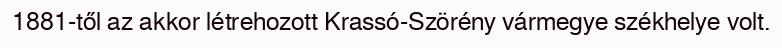
1881-től az akkor létrehozott Krassó-Szörény vármegye székhelye volt.